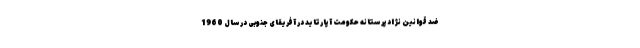
ضد قوانین نژادپرستانه حکومت آپارتاید در آفریقای جنوبی درسال 1960